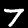
Label: 7